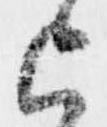
上